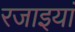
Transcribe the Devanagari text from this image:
रजाइयां